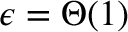
\epsilon = \Theta ( 1 )